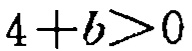
\(4 + b>0\)